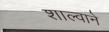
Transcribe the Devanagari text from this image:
शाल्वाने